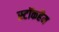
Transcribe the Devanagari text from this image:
स्टॉकहैम